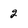
Character: 2